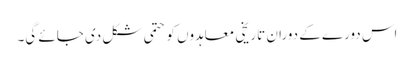
اس دورے کے دوران تاریخی معاہدوں کو حتمی شکل دی جائے گی۔